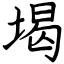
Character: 堨